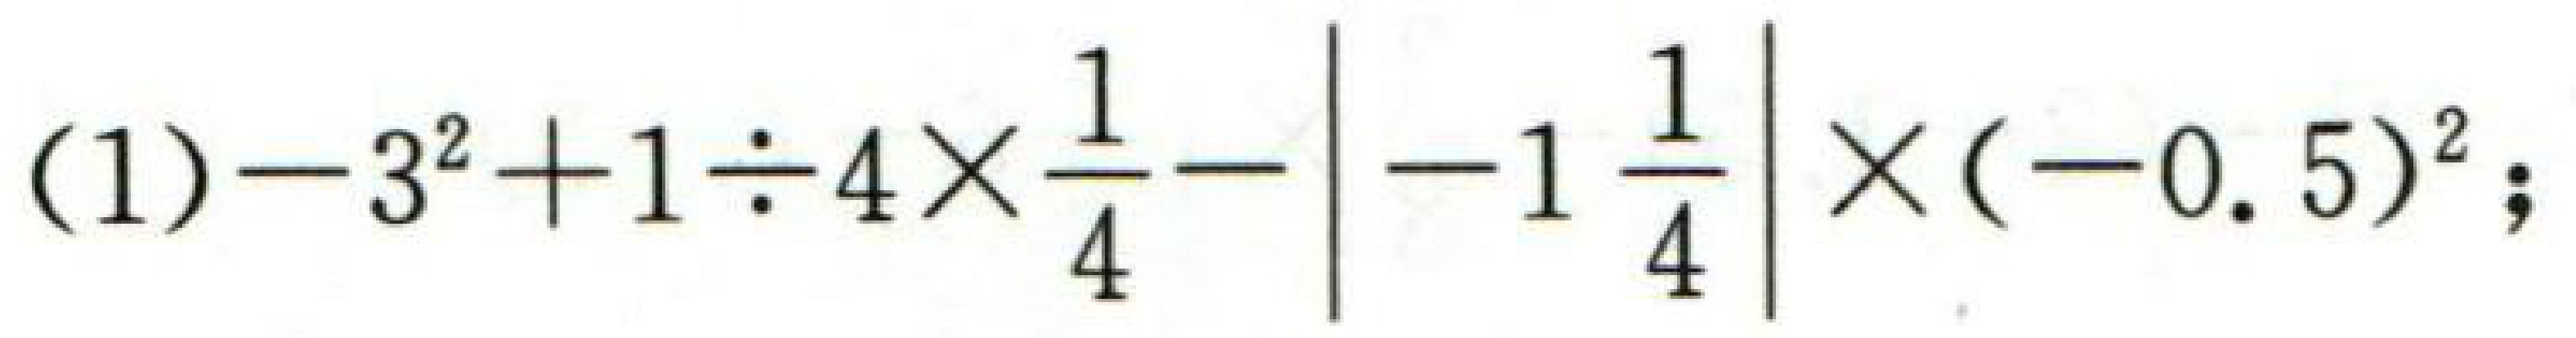
\(-3^{2}+1\div4\times\frac{1}{4}-\left|-1\frac{1}{4}\right|\times(-0.5)^{2}\)